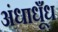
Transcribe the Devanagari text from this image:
अंधाधूँध